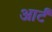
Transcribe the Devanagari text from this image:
आर्टं